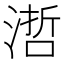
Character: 𣻂